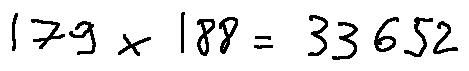
1 7 9 \times 1 8 8 = 3 3 6 5 2